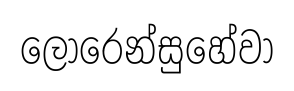
ලොරෙන්සුහේවා